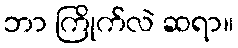
ဘာ ကြိုက်လဲ ဆရာ။